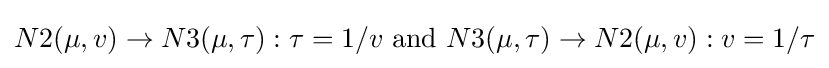
N2(\mu ,v)\rightarrow N3(\mu ,\tau ):\tau =1/v{\mbox{ and }}N3(\mu ,\tau )\rightarrow N2(\mu ,v):v=1/\tau